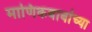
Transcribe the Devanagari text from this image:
माणिकबाबांच्या